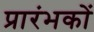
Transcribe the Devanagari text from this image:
प्रारंभकों